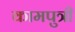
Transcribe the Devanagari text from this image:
कामपुत्री